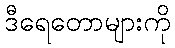
ဒီရေတောများကို